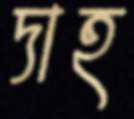
দাহ